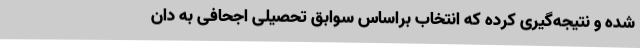
شده و نتیجه‌گیری کرده که انتخاب براساس سوابق تحصیلی اجحافی به دان